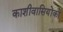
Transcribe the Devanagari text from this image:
काशीवासियोंको